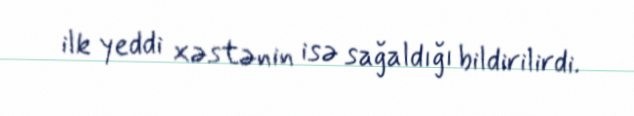
ilk yeddi xəstənin isə sağaldığı bildirilirdi.